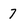
Character: 7